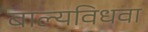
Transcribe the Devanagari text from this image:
बाल्यविधवा